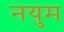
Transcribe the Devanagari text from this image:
नयुम